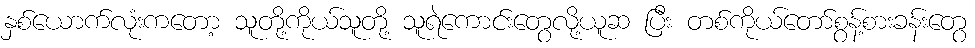
နှစ်ယောက်လုံးကတော့ သူတို့ကိုယ်သူတို့ သူရဲကောင်းတွေလို့ယူဆ ပြီး တစ်ကိုယ်တော်စွန့်စားခန်းတွေ